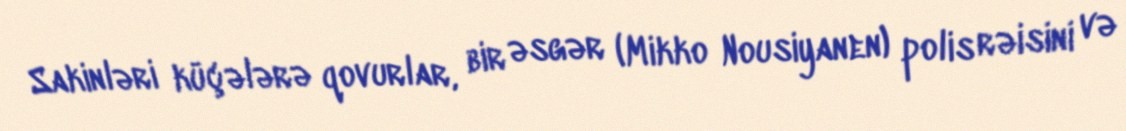
Sakinləri küçələrə qovurlar, bir əsgər (Mikko Nousiyanen) polis rəisini və